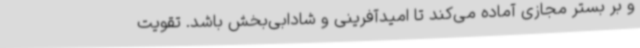
و بر بستر مجازی آماده می‌کند تا امیدآفرینی و شادابی‌بخش باشد. تقویت